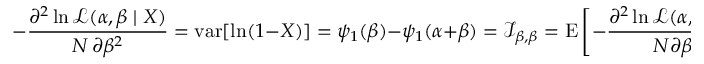
- { \frac { \partial ^ { 2 } \ln { \mathcal { L } } ( \alpha , \beta \mid X ) } { N \, \partial \beta ^ { 2 } } } = \operatorname { v a r } [ \ln ( 1 - X ) ] = \psi _ { 1 } ( \beta ) - \psi _ { 1 } ( \alpha + \beta ) = { \mathcal { I } } _ { \beta , \beta } = \operatorname { E } \left[ - { \frac { \partial ^ { 2 } \ln { \mathcal { L } } ( \alpha , \beta \mid X ) } { N \partial \beta ^ { 2 } } } \right] = \ln \operatorname { v a r } _ { G ( 1 - X ) }